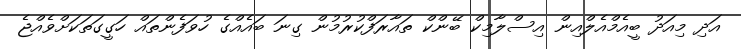
އަދި މިއަދު ބީއެމްއެލްއިން އިސްލާމިކް ބޭންކް ތައާރަފްކުރުމުން ގިނަ ބައެއްގެ ހުވަފެންތައް ހަގީގަތަކަށްވެއްޖެ